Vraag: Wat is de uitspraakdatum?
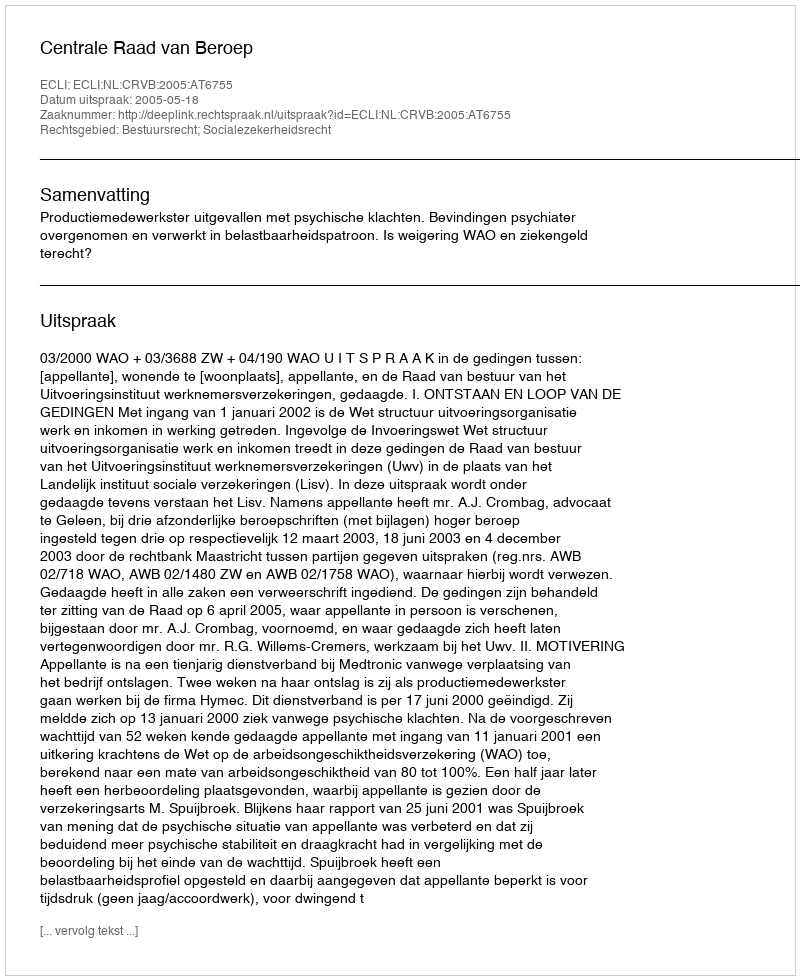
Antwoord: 2005-05-18